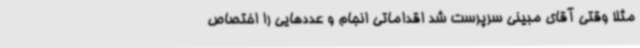
مثلا وقتی آقای مبینی سرپرست شد اقداماتی انجام و عددهایی را اختصاص